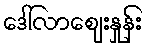
ဒေါ်လာဈေးနှုန်း